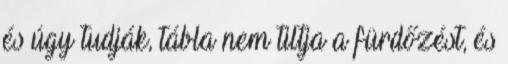
és úgy tudják, tábla nem tiltja a fürdőzést, és